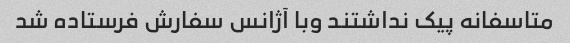
متاسفانه پیک نداشتند وبا آژانس سفارش فرستاده شد